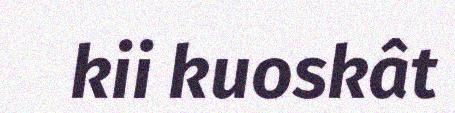
kii kuoskât